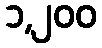
၁,၂၀၀